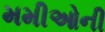
મમીઓની